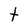
Character: t